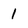
Character: 1